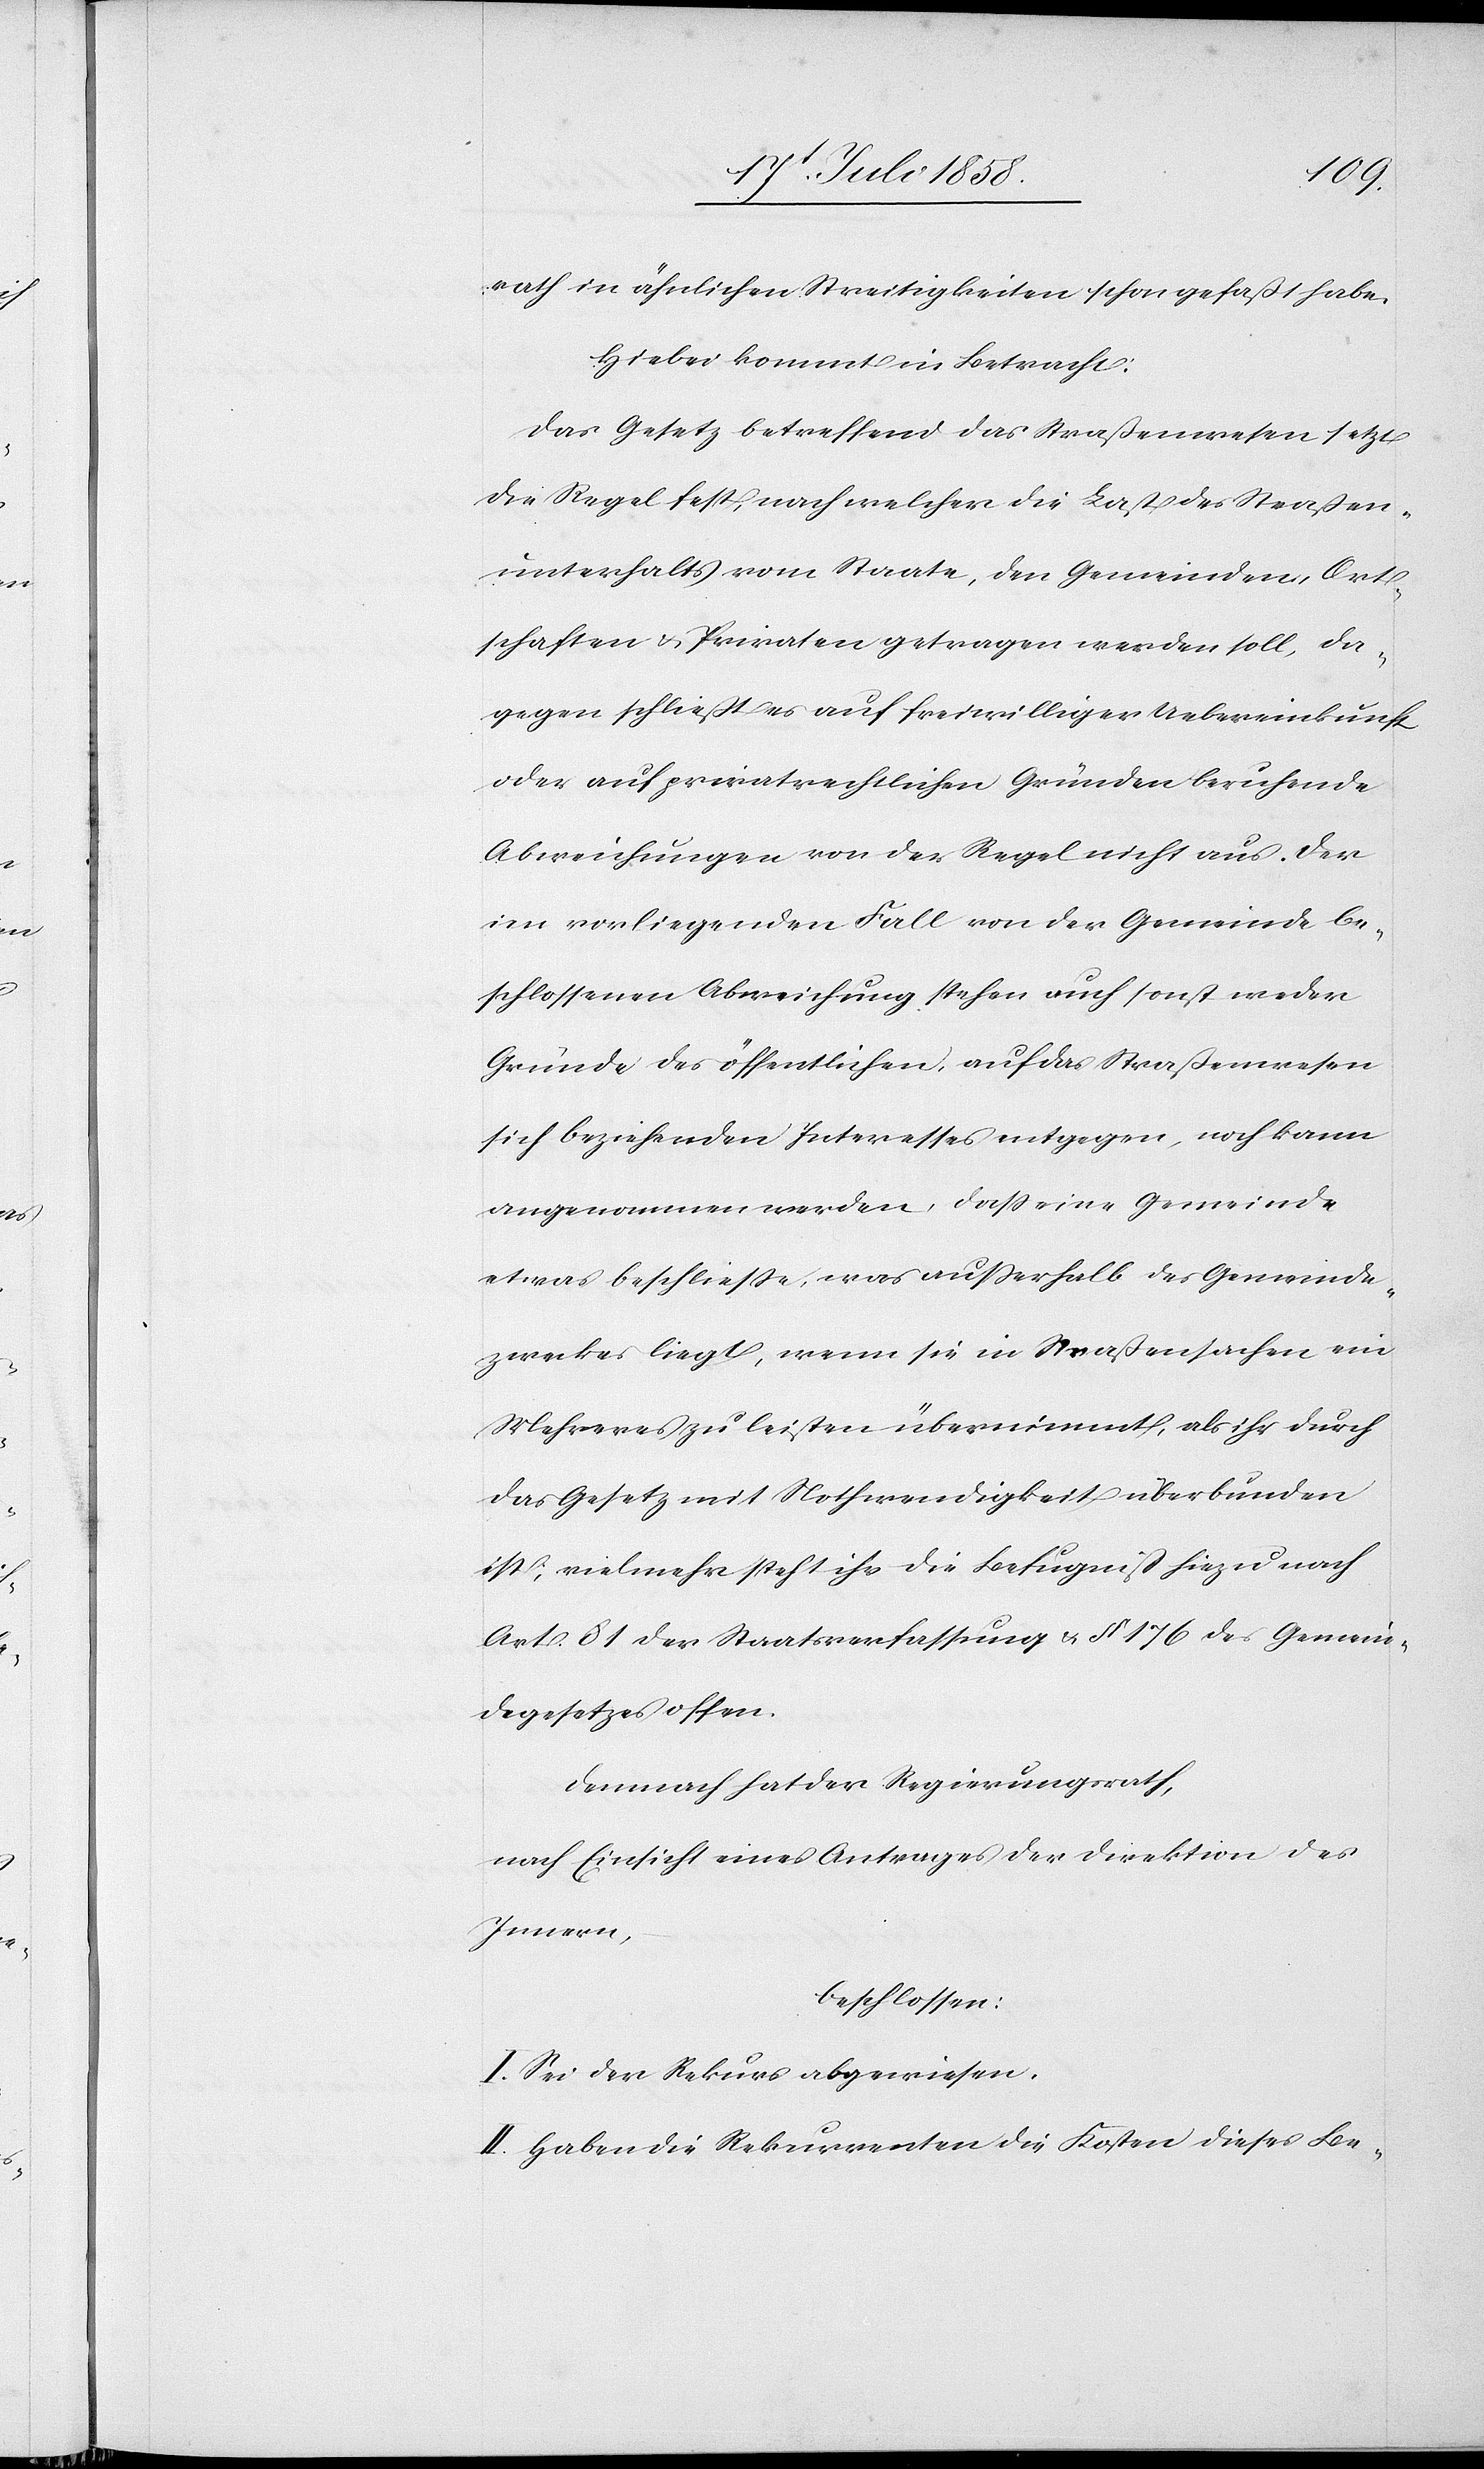
rath in ähnlichen Streitigkeiten schon gefaßt habe.
Hiebei kommt in Betracht:
Das Gesetz betreffend das Straßenwesen setzt
die Regel fest, nach welcher die Last des Straßen¬
unterhalts vom Staate, den Gemeinden, Ort¬
schaften & Privaten getragen werden soll, da¬
gegen schließt es auf freiwilliger Uebereinkunft
oder auf privatrechtlichen Gründen beruhende
Abweichungen von der Regel nicht aus. Der
im vorliegenden Fall von der Gemeinde be¬
schlossenen Abweichung stehen auch sonst weder
Gründe des öffentlichen, auf das Straßenwesen
sich beziehenden Interesses entgegen, noch kann
angenommen werden, dass eine Gemeinde
etwas beschliesse, was ausserhalb des Gemeinde¬
zweckes liegt, wenn sie in Straßensachen ein
Mehreres zu leisten übernimmt, als ihr durch
das Gesetz mit Nothwendigkeit hiezu nach
Art. 81 der Staatsverfassung & § 176 des Gemein¬
degesetzes offen.
Demnach hat der Regierungsrath,
nach Einsicht eines Antrages der Direktion des
Innern,
beschlossen:
I. Sei der Rekurs abgewiesen.
II. Haben die Rekurrenten die Kosten dieses Be-